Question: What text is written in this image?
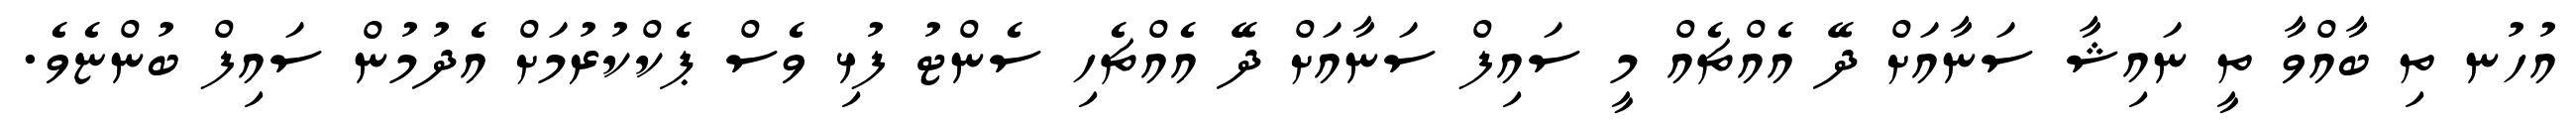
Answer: އުހުނ ތި ބާއްވާ ތީ ނައިޝާ ސަނާއަށް ދޭ އެއްޗެއް މީ ސައިފް ސަނާއަށް ދޭ އެއްޗެހި ސެންޓު ފުޅި ވެސް ޕެކްކުރުމަށް އެދުމުން ސައިފް ބުންޏެވެ.